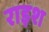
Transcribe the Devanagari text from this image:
राइश